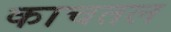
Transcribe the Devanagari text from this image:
काचतल